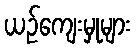
ယဉ်ကျေးမှုများ